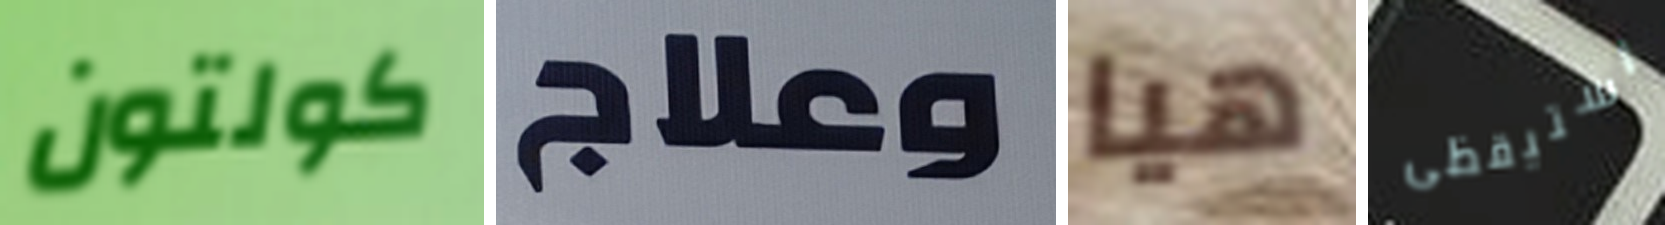
كولتون وعلاج هيا استيقظى